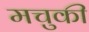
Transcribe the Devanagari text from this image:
मचुकी